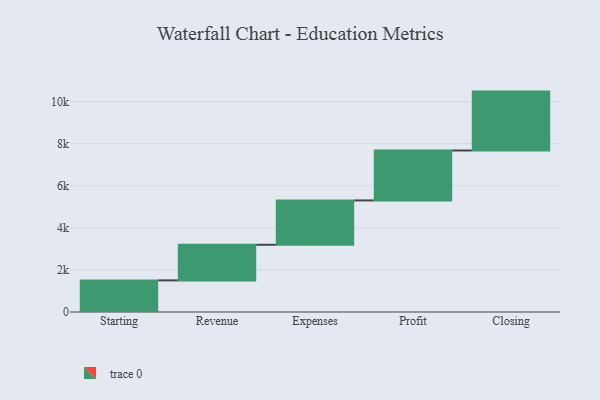
{"axis": {"x": "Step", "y": "Value"}, "legend": [""], "data": [{"x": "Starting", "y": 1502.0, "type": ""}, {"x": "Revenue", "y": 1692.0, "type": ""}, {"x": "Expenses", "y": 2108.0, "type": ""}, {"x": "Profit", "y": 2373.0, "type": ""}, {"x": "Closing", "y": 2798.0, "type": ""}]}